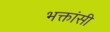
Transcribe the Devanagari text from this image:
भक्तांसी